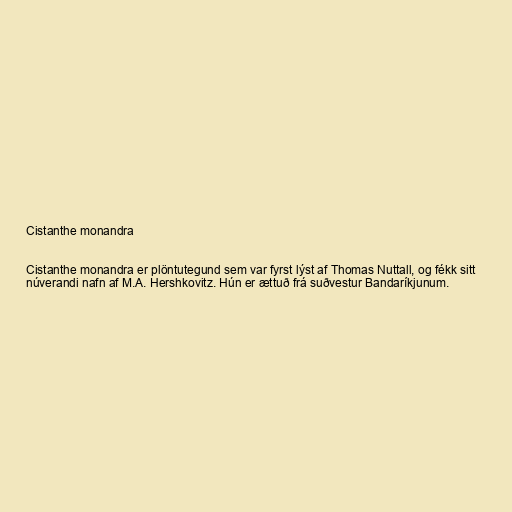
Cistanthe monandra

Cistanthe monandra er plöntutegund sem var fyrst lýst af Thomas Nuttall, og fékk sitt
núverandi nafn af M.A. Hershkovitz. Hún er ættuð frá suðvestur Bandaríkjunum.